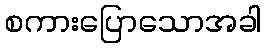
စကားပြောသောအခါ